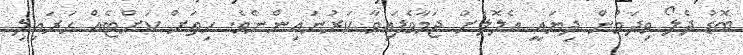
ބޮޑު ދެލޯ ވިދަމުން ދިޔައީ އެލޮލަށް ޖަމާވެފައިވާ ކަރުނައިންނެވެ. ހިތަށް ކަށްޓެއް ހަރައިލި